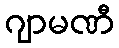
ဂျာမဏီ